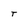
Character: T